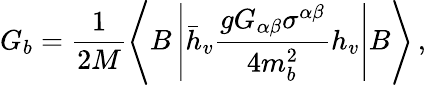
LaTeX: G_{b}=\frac{1}{2M}\left\langle B\left|\bar{h}_{v}\frac{gG_{\alpha\beta}\sigma^{\alpha\beta}}{4m_{b}^{2}}h_{v}\right|B\right\rangle\, ,